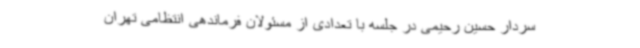
سردار حسین رحیمی در جلسه با تعدادی از مسئولان فرماندهی انتظامی تهران